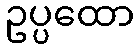
ဥပ္ပထော